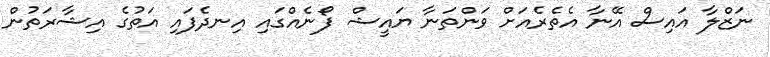
ނަޒްލާ އައިސް އޭނާ އެތެރެއަށް ވަންތަނާ ޔައީޝް ފޯނެއްގައި އިނދެފައި އަތުގެ އިޝާރަތުން